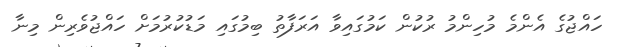
ހައްޖުގެ އެންމެ މުހިންމު ރުކުން ކަމުގައިވާ އަރަފާތު ބިމުގައި މަޑުކުރުމަށް ހައްޖުވެރިން މިނާ